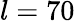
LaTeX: l=70